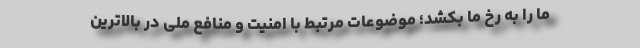
ما را به رخ ما بکشد؛ موضوعات مرتبط با امنیت و منافع ملی در بالاترین